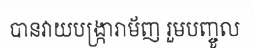
បានវាយបង្ក្រារាម័ញ រួមបញ្ចូល